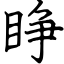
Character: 睁